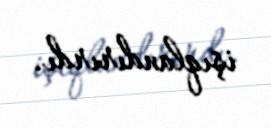
işıqlandırırdı.